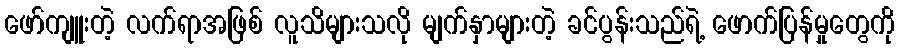
ဖော်ကျူးတဲ့ လက်ရာအဖြစ် လူသိများသလို မျက်နှာများတဲ့ ခင်ပွန်းသည်ရဲ့ ဖောက်ပြန်မှုတွေကို